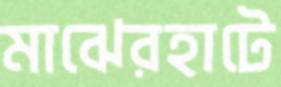
মাঝেরহাটে